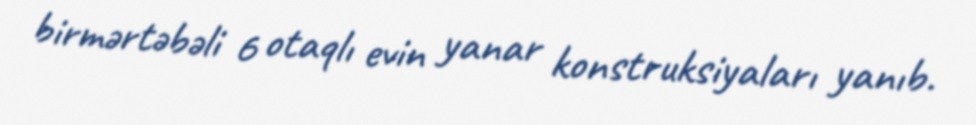
birmərtəbəli 6 otaqlı evin yanar konstruksiyaları yanıb.